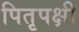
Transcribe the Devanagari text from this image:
पितृपक्षी